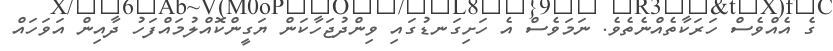
ގެ އެއްވެސް ހަރަކާތެއްނެތެވެ. ނަމަވެސް އެ ހަށިގަނޑުގައި ވިންދުޖަހާކަން ޔަގީންކޮއްލުމައްފަހު ދާއިން އަވަހައް